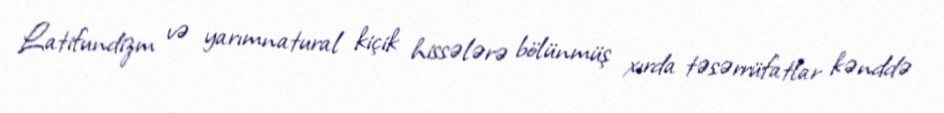
Latifundizm və yarımnatural kiçik hissələrə bölünmüş xırda təsərrüfatlar kənddə